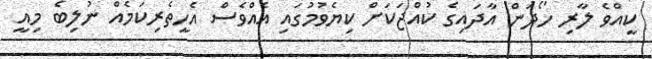
ކީއްވެ ލާރި ހޯދަން އާދައިގެ ކުއްޖަކަށް ކިޔެވުމުގައި އެއްވެސް އެހީތެރިކަމެއް ނުލިބެ މިއީ